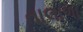
તાલાળા